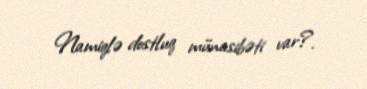
Namiqlə dostluq münasibəti var?.